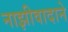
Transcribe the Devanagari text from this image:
नाझीवादाने